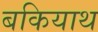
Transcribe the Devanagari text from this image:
बकियाथ